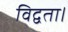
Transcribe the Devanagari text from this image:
विद्वता।